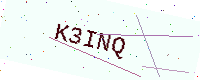
Text: K3INQ